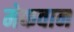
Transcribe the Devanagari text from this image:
मेकवान